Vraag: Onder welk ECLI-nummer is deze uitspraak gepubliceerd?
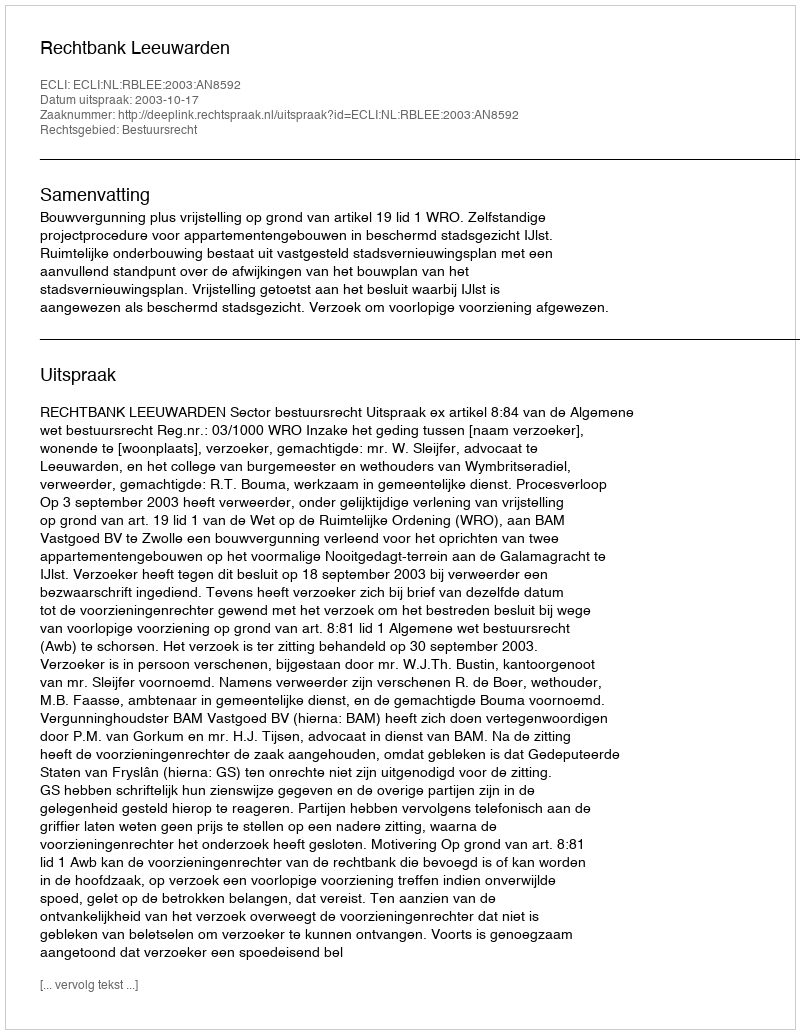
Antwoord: ECLI:NL:RBLEE:2003:AN8592